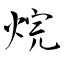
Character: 烷